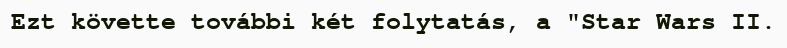
Ezt követte további két folytatás, a "Star Wars II.